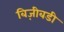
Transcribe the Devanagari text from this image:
बिज़ीबडी